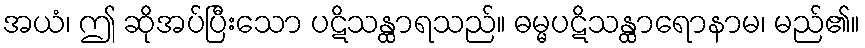
အယံ၊ ဤ ဆိုအပ်ပြီးသော ပဋိသန္ထာရသည်။ ဓမ္မပဋိသန္ထာရောနာမ၊ မည်၏။